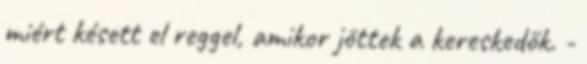
miért késett el reggel, amikor jöttek a kereskedők. -